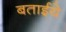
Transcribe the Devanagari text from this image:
बताईये